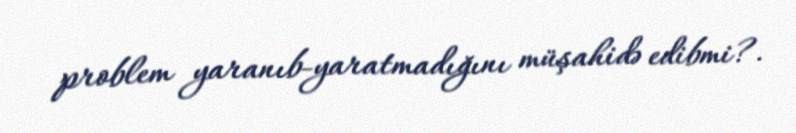
problem yaranıb-yaratmadığını müşahidə edibmi?.